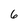
Character: 6